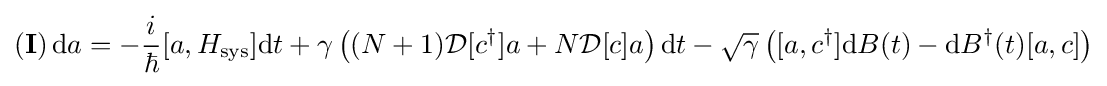
(\mathbf {I} )\,\mathrm {d} a=-{\frac {i}{\hbar }}[a,H_{\mathrm {sys} }]\mathrm {d} t+\gamma \left((N+1){\mathcal {D}}[c^{\dagger }]a+N{\mathcal {D}}[c]a\right)\mathrm {d} t-{\sqrt {\gamma }}\left([a,c^{\dagger }]\mathrm {d} B(t)-\mathrm {d} B^{\dagger }(t)[a,c]\right)